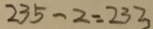
2 3 5 - 2 = 2 3 3